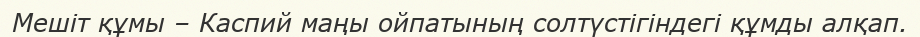
Мешіт құмы – Каспий маңы ойпатының солтүстігіндегі құмды алқап.